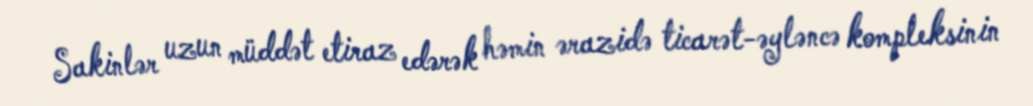
Sakinlər uzun müddət etiraz edərək həmin ərazidə ticarət-əyləncə kompleksinin